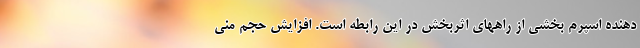
دهنده اسپرم بخشی از راههای اثربخش در این رابطه است. افزایش حجم منی